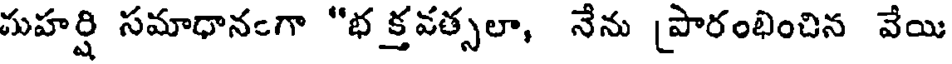
మహర్షి సమాధానంగా "భ క్రవత్సలా, నేను [పారంభించిన వేయి